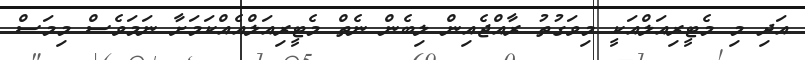
އަދި މި މެޓީރިއަލްއަކީ މިވަގުތު ރާއްޖެއިން ލިބެން ނެތް މެޓީރިއަލްއެއްކަމަށާ ނަމަވެސް މިމަސް